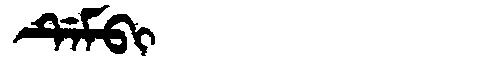
Manchu: ᡩᡝᠮᠪᡳ
Romanization: DEMBI